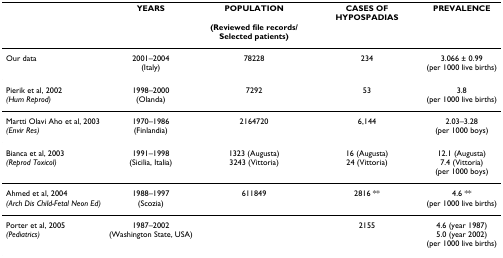
<table><thead><tr><td></td><td><b>YEARS</b></td><td><b>POPULATION(Reviewed file records/Selected patients)</b></td><td><b>CASES OF HYPOSPADIAS</b></td><td><b>PREVALENCE</b></td></tr></thead><tbody><tr><td>Our data</td><td>2001–2004(Italy)</td><td>78228</td><td>234</td><td>3.066 ± 0.99(per 1000 live births)</td></tr><tr><td>Pierik et al, 2002<i>(Hum Reprod)</i></td><td>1998–2000(Olanda)</td><td>7292</td><td>53</td><td>3.8(per 1000 live births)</td></tr><tr><td>Martti Olavi Aho et al, 2003<i>(Envir Res)</i></td><td>1970–1986(Finlandia)</td><td>2164720</td><td>6,144</td><td>2.03–3.28(per 1000 boys)</td></tr><tr><td>Bianca et al, 2003<i>(Reprod Toxicol)</i></td><td>1991–1998(Sicilia, Italia)</td><td>1323 (Augusta)3243 (Vittoria)</td><td>16 (Augusta)24 (Vittoria)</td><td>12.1 (Augusta)7.4 (Vittoria)(per 1000 boys)</td></tr><tr><td>Ahmed et al, 2004<i>(Arch Dis Child-Fetal Neon Ed)</i></td><td>1988–1997(Scozia)</td><td>611849</td><td>2816 **</td><td>4.6 **(per 1000 live births)</td></tr><tr><td>Porter et al, 2005<i>(Pediatrics)</i></td><td>1987–2002(Washington State, USA)</td><td></td><td>2155</td><td>4.6 (year 1987)5.0 (year 2002)(per 1000 live births)</td></tr></tbody></table>